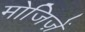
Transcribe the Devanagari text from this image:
मोजिज़ें